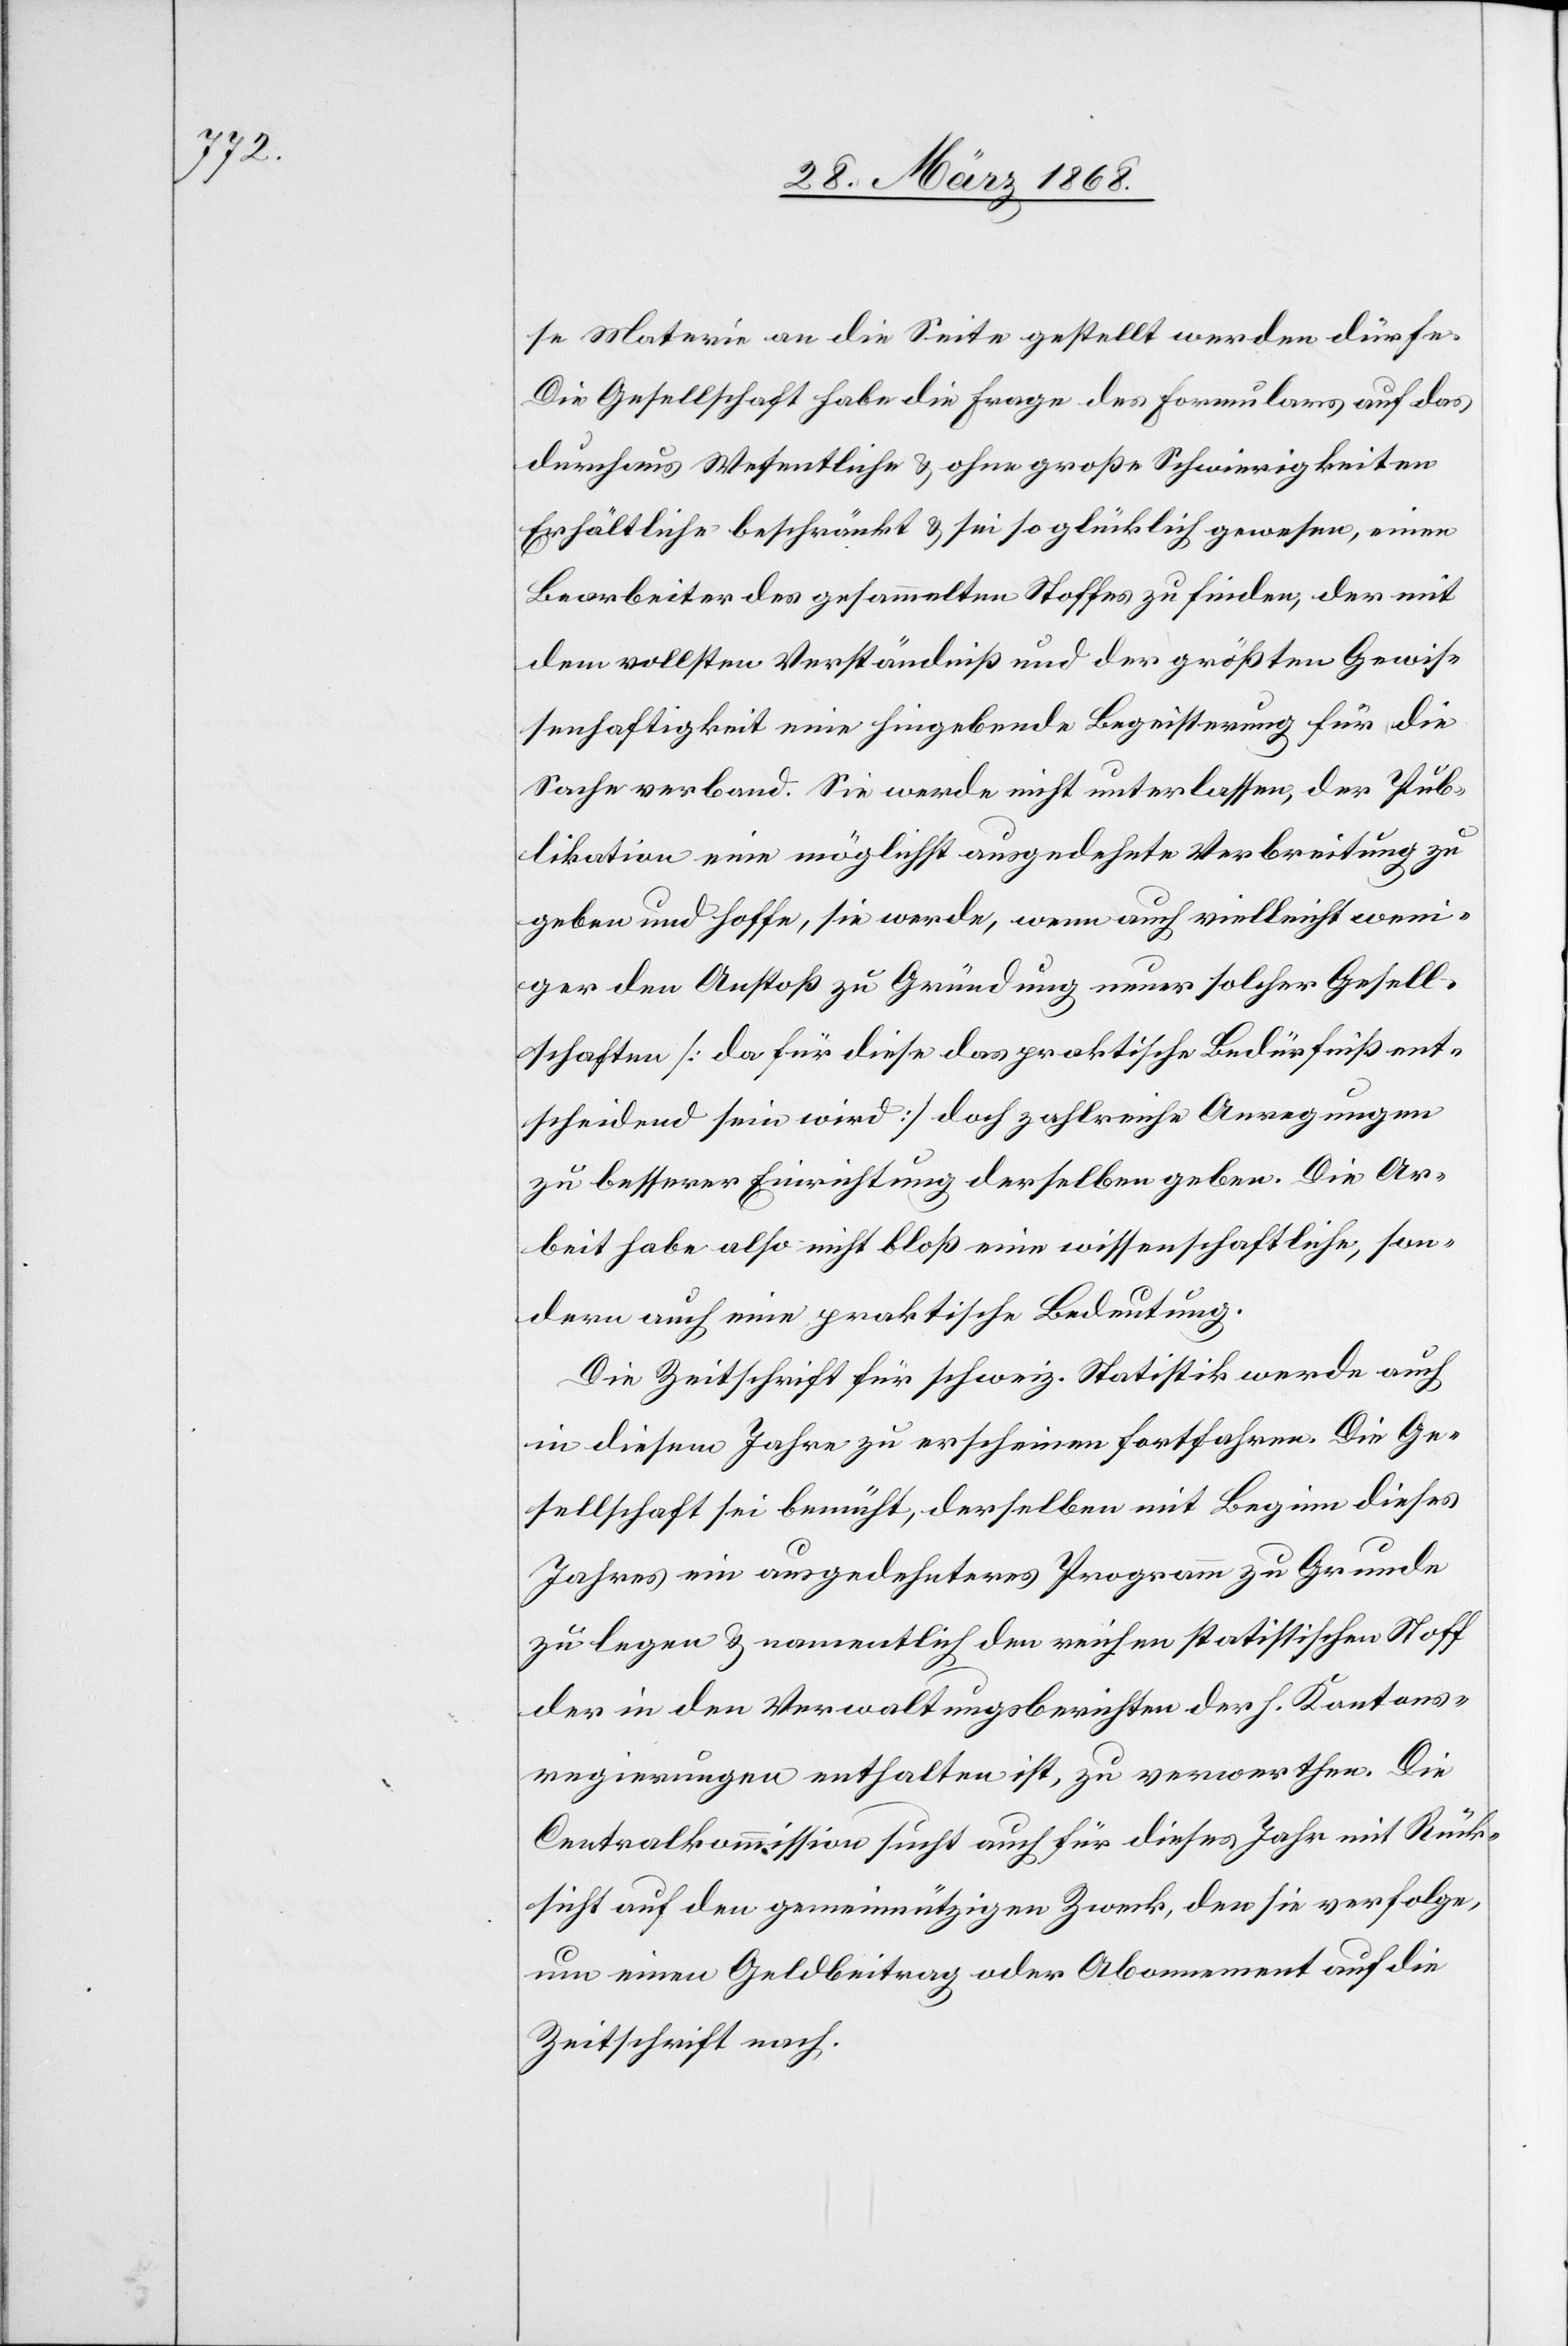
se Materie an die Seite gestellt werden dürfe.
Die Gesellschaft habe die Frage des Formulars auf das
durchaus Wesentliche & ohne große Schwierigkeiten
Erhältliche beschränkt & sei so glücklich gewesen, einen
Bearbeiter des gesammelten Stoffes zu finden, der mit
dem vollsten Verständniß und der größten Gewis¬
senhaftigkeit eine hingebende Begeisterung für die
Sache verband. Sie werde nicht unterlassen, der Pub¬
likation eine möglichst ausgedehnte Verbreitung zu
geben und hoffe, sie werde, wenn auch vielleicht weni¬
ger den Anstoß zu Gründung neuer solcher Gesell¬
schaften [da für diese das praktische Bedürfniß ent¬
scheidend sein wird] doch zahlreiche Anregungen
zu besserer Einrichtung derselben geben. Die Ar¬
beit habe also nicht bloß eine wissenschaftliche, son¬
dern auch eine praktische Bedeutung.
Die Zeitschrift für schweiz. Statistik werde auch
in diesem Jahre zu erscheinen fortfahren. Die Ge¬
sellschaft sei bemüht, derselben mit Beginn dieses
Jahres ein ausgedehnteres Programm zu Grunde
zu legen & namentlich den reichen statistischen Stoff
der in den Verwaltungsberichten der h. Kantons¬
regierungen enthalten ist, zu verwerthen. Die
Centralkommission sucht auch für dieses Jahr mit Rück¬
sicht auf den gemeinnützigen Zweck, den sie verfolge,
um einen Geldbeitrag oder Abonnement auf die
Zeitschrift nach.